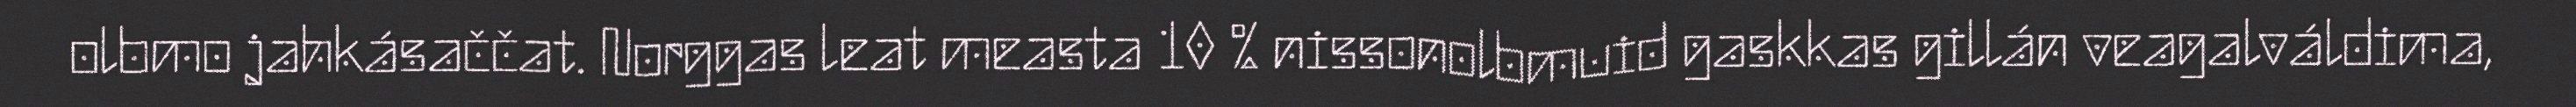
olbmo jahkásaččat. Norggas leat measta 10 % nissonolbmuid gaskkas gillán veagalváldima,